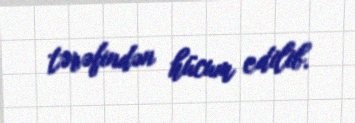
tərəfindən hücum edilib.